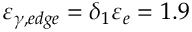
\varepsilon _ { \gamma , e d g e } = \delta _ { 1 } \varepsilon _ { e } = 1 . 9